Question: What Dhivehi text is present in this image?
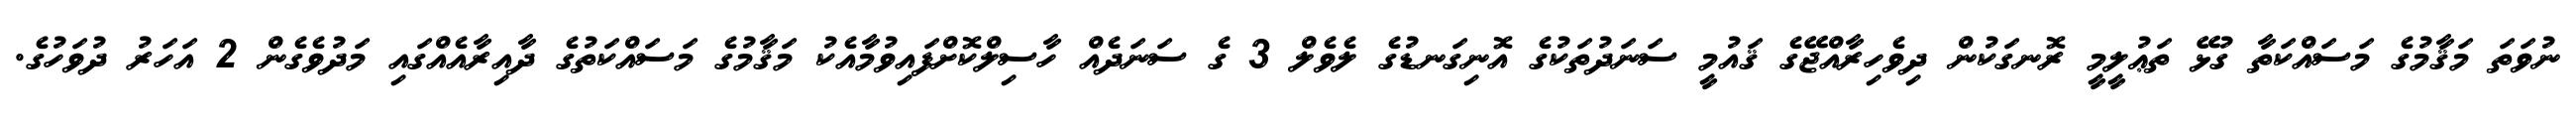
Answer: ނުވަތަ މަޤާމުގެ މަސައްކަތާ ގުޅޭ ތަޢުލީމީ ރޮނގަކުން ދިވެހިރާއްޖޭގެ ޤައުމީ ސަނަދުތަކުގެ އޮނިގަނޑުގެ ލެވެލް 3 ގެ ސަނަދެއް ހާސިލްކޮށްފައިވުމާއެކު މަޤާމުގެ މަސައްކަތުގެ ދާއިރާއެއްގައި މަދުވެގެން 2 އަހަރު ދުވަހުގެ.